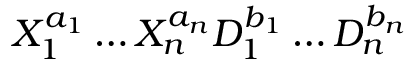
X _ { 1 } ^ { a _ { 1 } } \ldots X _ { n } ^ { a _ { n } } D _ { 1 } ^ { b _ { 1 } } \ldots D _ { n } ^ { b _ { n } }